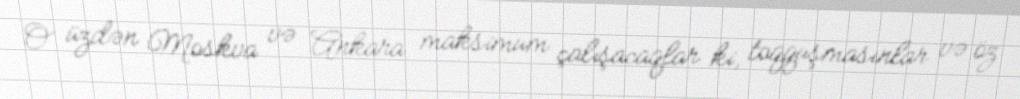
O üzdən Moskva və Ankara maksimum çalışacaqlar ki, toqquşmasınlar və öz